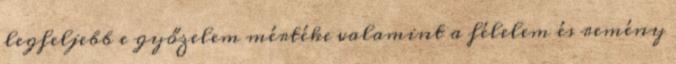
legfeljebb e győzelem mértéke valamint a félelem és remény